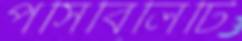
পসিবিলিটি